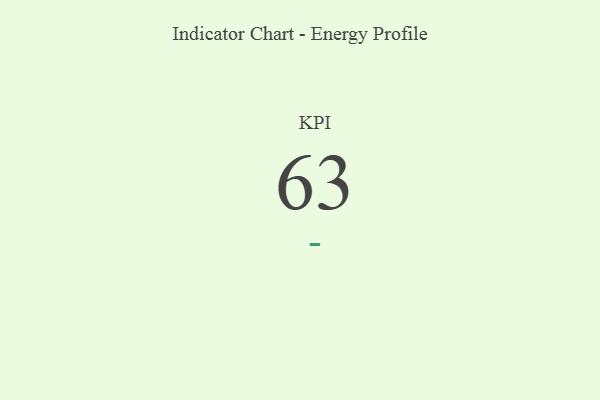
{"axis": {"x": "KPI", "y": "Value"}, "legend": [""], "data": [{"x": "KPI", "y": 63, "type": ""}]}